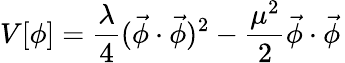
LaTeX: V[\phi]=\frac{\lambda}{4}(\vec{\phi}\cdot\vec{\phi})^{2}-\frac{\mu^{2}}{2}\vec{\phi}\cdot\vec{\phi}\,